Civil Veterinary Dept. Assam report 1927-50 - 1927-1950
Year: 1927
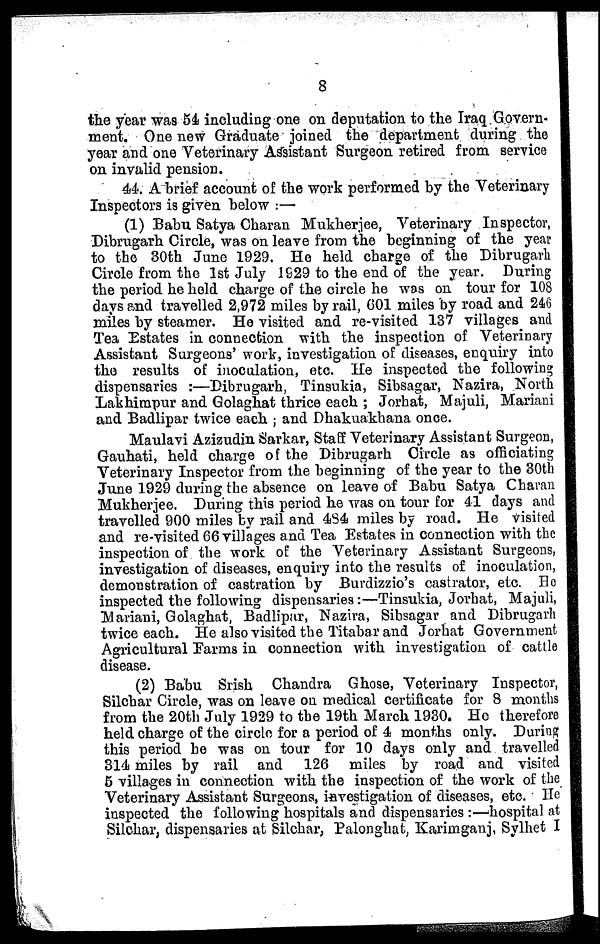
8
the year was 54 including one on deputation to the Iraq Govern-
ment. One new Graduate joined the department during the
year and one Veterinary Assistant Surgeon retired from service
on invalid pension.
44. A brief account of the work performed by the Veterinary
Inspectors is given below :—
(1) Babu Satya Charan Mukherjee, Veterinary Inspector,
Dibrugarh Circle, was on leave from the beginning of the year
to the 30th June 1929. He held charge of the Dibrugarh
Circle from the 1st July 1929 to the end of the year. During
the period he hold charge of the circle he was on tour for 108
days and travelled 2,972 miles by rail, 001 miles by road and 246
miles by steamer. He visited and re-visited 137 villages and
Tea Estates in connection with the inspection of Veterinary
Assistant Surgeons' work, investigation of diseases, enquiry into
the results of inoculation, etc. He inspected the following
dispensaries :—Dibrugarh, Tinsukia, Sibsagar, Nazira, North
Lakhimpur and Golaghat thrice each ; Jorhat, Majuli, Mariani
and Badlipar twice each; and Dhakuakhana once.
Maulavi Azizudin Sarkar, Staff Veterinary Assistant Surgeon,
Gauhati, held charge of the Dibrugarh Circle as officiating
Veterinary Inspector from the beginning of the year to the 30th
June 1929 during the absence on leave of Babu Satya Charan
Mukherjee. During this period he was on tour for 41 days and
travelled 900 miles by rail and 484 miles by road. Ho visited
and re-visited 66 villages and Tea Estates in connection with the
inspection of the work of the Veterinary Assistant Surgeons,
investigation of diseases, enquiry into the results of inoculation,
demonstration of castration by Burdizzio's castrator, etc. Bo
inspected the following dispensaries:—Tinsukia, Jorhat, Majuli,
Mariani, Golaghat, Badlipar, Nazira, Sibsagar and Dibrugarh
twice each. He also visited the Tit-aba rand Jorhat Government
Agricultural Farms in connection with investigation of cattle
disease.
(2) Babu Srish Chandra Ghose, Veterinary Inspector,
Silchar Circle, was on leave on medical certificate for 8 months
from the 20th July 1929 to the 19th March 1930. Ho therefore
held charge of the circle for a period of 4 months only. During
this period he was on tour for 10 days only and travelled
314 miles by rail and 126 miles by road and visited
5 villages in connection with the inspection of the work of the
Veterinary Assistant Surgeons, investigation of diseases, etc. He
inspected the following hospitals and dispensaries :—hospital at
Silchar, dispensaries at Silchar, Palonghat Karimganj, Sylhet I